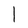
Character: l